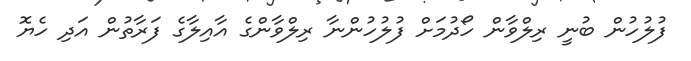
ފުލުހުން ބުނީ ރިލްވާން ހޯދުމަށް ފުލުހުންނާ ރިލްވާންގެ އާއިލާގެ ފަރާތުން އަދި ހެޔޮ